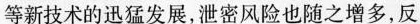
等新技术的迅猛发展，泄密风险也随之增多，反